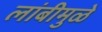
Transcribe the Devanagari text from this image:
लांबीमुळे